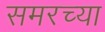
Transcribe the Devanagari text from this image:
समरच्या